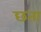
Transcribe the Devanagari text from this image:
छता